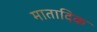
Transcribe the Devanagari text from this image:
मातादिक